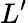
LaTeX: L^{\prime}